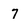
Character: 7